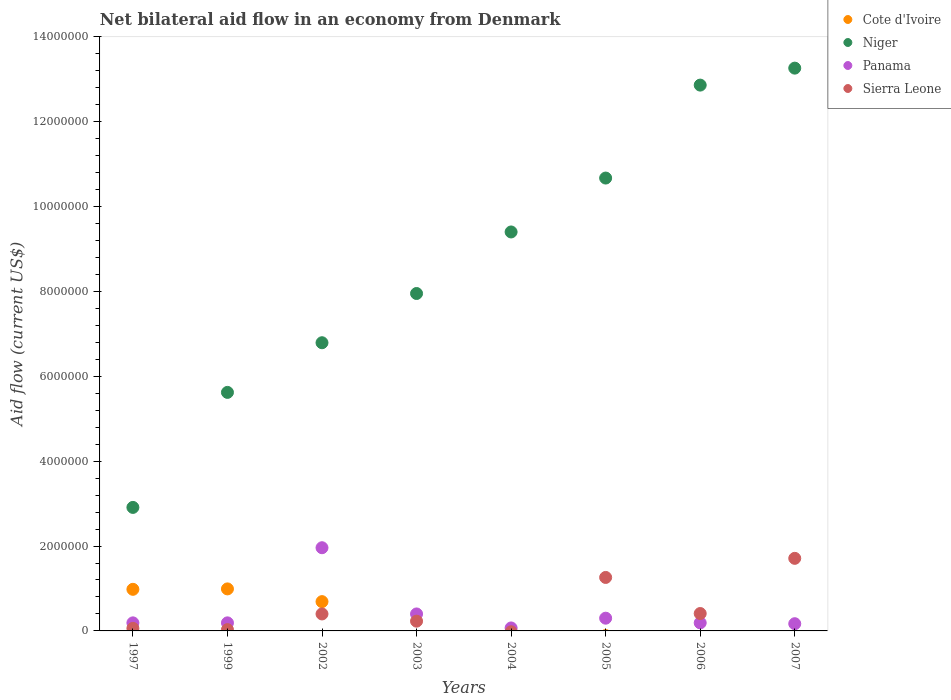
| Years | Cote d'Ivoire | Niger | Panama | Sierra Leone |
 | --- | --- | --- | --- | --- |
 | 1997 | 9.8e+05 | 2.91e+06 | 1.9e+05 | 6e+04 |
 | 1999 | 9.9e+05 | 5.62e+06 | 1.9e+05 | 3e+04 |
 | 2002 | 6.9e+05 | 6.79e+06 | 1.96e+06 | 4e+05 |
 | 2003 | -6.2e+05 | 7.95e+06 | 4e+05 | 2.3e+05 |
 | 2004 | -1.2e+05 | 9.4e+06 | 7e+04 | -2e+04 |
 | 2005 | -1.1e+05 | 1.07e+07 | 3e+05 | 1.26e+06 |
 | 2006 | -1.6e+05 | 1.29e+07 | 1.9e+05 | 4.1e+05 |
 | 2007 | -1.61e+06 | 1.33e+07 | 1.7e+05 | 1.71e+06 |